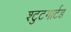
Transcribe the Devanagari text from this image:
श्टुटगार्टड